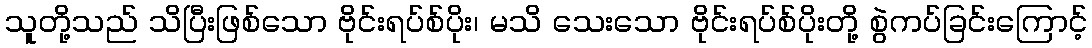
သူတို့သည် သိပြီးဖြစ်သော ဗိုင်းရပ်စ်ပိုး၊ မသိ သေးသော ဗိုင်းရပ်စ်ပိုးတို့ စွဲကပ်ခြင်းကြောင့်